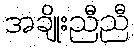
အချိုးညီညီ